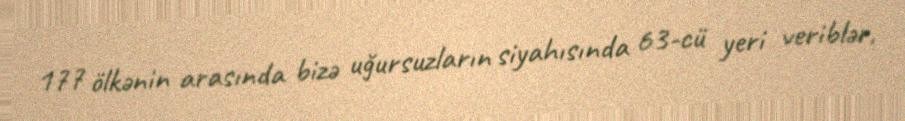
177 ölkənin arasında bizə uğursuzların siyahısında 63-cü yeri veriblər,